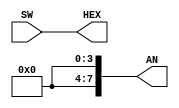
`timescale 1ns / 1ps


module dec7(
            input    [6:0]  SW,
            output   [7:0]  AN,
            output   [6:0]  HEX
            );

assign AN[0] = 1'b0;
assign AN[1] = 1'b0;
assign AN[2] = 1'b0;
assign AN[3] = 1'b0;
assign HEX[6:0] = SW[6:0];            

endmodule